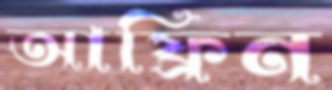
আফ্রিন